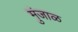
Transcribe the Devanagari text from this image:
मुंजाळ